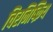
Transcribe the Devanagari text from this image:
चिरनिष्क्रिय